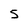
Character: 5